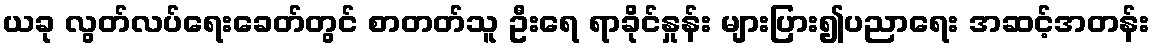
ယခု လွတ်လပ်ရေးခေတ်တွင် စာတတ်သူ ဦးရေ ရာခိုင်နှုန်း များပြား၍ပညာရေး အဆင့်အတန်း